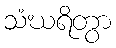
သံဃရိတွာ